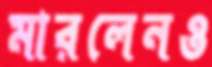
মারলেনও